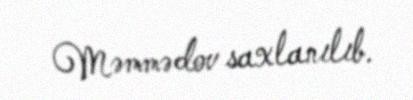
Məmmədov saxlanılıb.